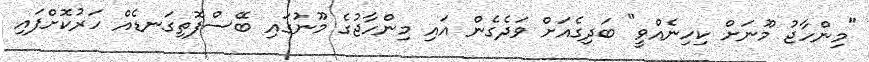
"މިންހާޖު މޫނަށް ކިހިނެއްވީ" ބަދިގެއަށް ވަދެގެން އައި މިންހާޖުގެ މޫނުގައި ބޭސްފޮތިގަނޑެއް ހަރުކޮށްފައި